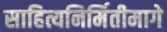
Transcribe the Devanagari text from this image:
साहित्यनिर्मितीमागे